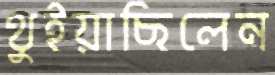
থুইয়াছিলেন